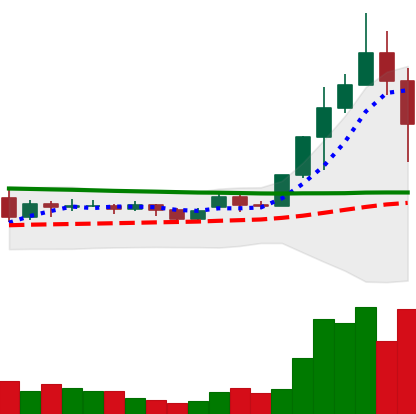
Ticker: ADA-USD
Chart end date: 2020-11-26
Forward return: 12.802%
Label: up_7plus